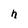
Character: n